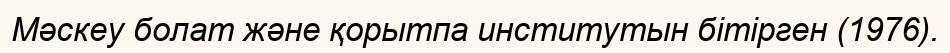
Мәскеу болат және қорытпа институтын бітірген (1976).